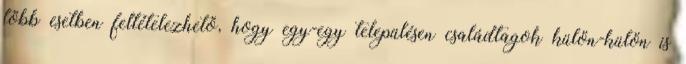
több esetben feltételezhető, hogy egy-egy településen családtagok külön-külön is